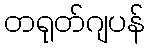
တရုတ်ဂျပန်